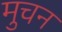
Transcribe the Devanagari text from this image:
मुचन